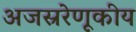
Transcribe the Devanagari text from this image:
अजस्ररेणूकीय